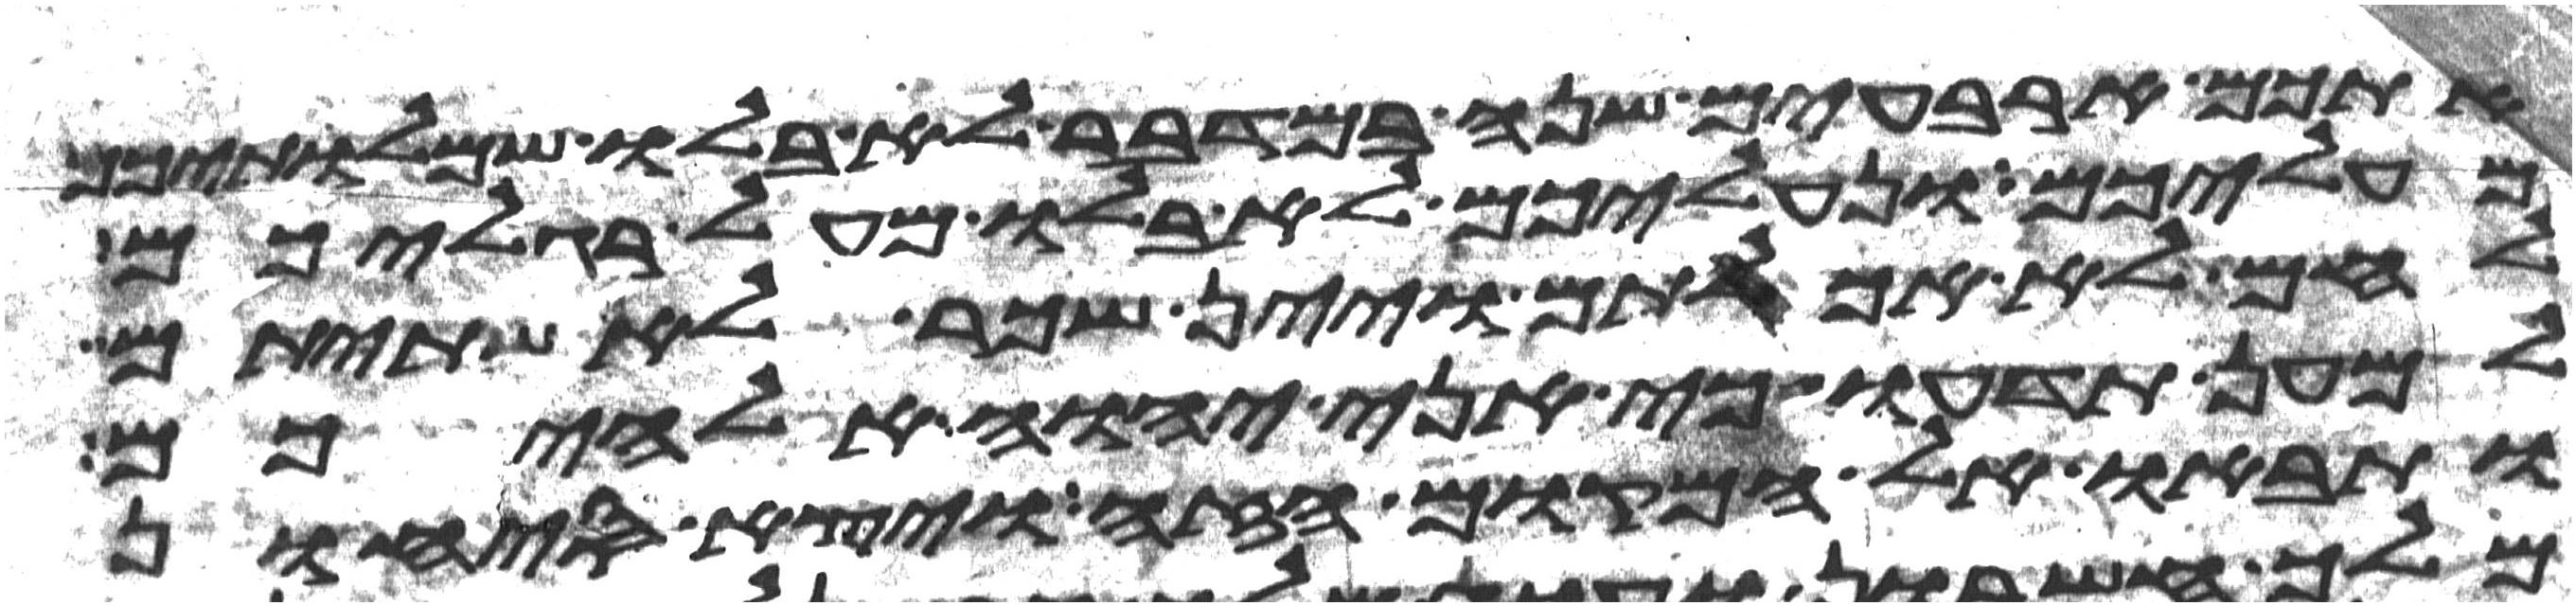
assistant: אתכם ארבעים שנה במדבר לא בלו שמלתיכם
מעליכם ונעליכם לא בלו מעל רגליכם
לחם לא אכלתם ויין ושכר לא שתיתם
למען תדעו כי אני יהוה אלהיכם
ותבאו אל המקום הזה ויצא סיחון